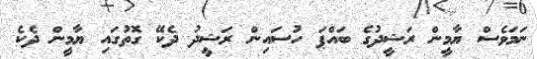
ނަމަވެސް ޔާމީން ރަޝީދުގެ ބައްޕަ ހުސައިން ރަޝީދު ދެކޭ ގޮތުގައި ޔާމީން ދެކެ